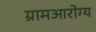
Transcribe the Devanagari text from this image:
ग्रामआरोग्य